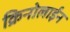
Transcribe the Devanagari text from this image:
क्रिनोलाईन